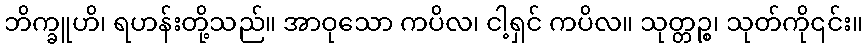
ဘိက္ခူဟိ၊ ရဟန်းတို့သည်။ အာဝုသော ကပိလ၊ ငါ့ရှင် ကပိလ။ သုတ္တဉ္စ၊ သုတ်ကို၎င်း။